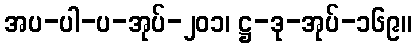
အပ-ပါ-ပ-အုပ်-၂၀၁၊ ဋ္ဌ-ဒု-အုပ်-၁၆၉။